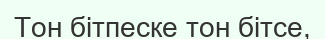
Тон бітпеске тон бітсе,